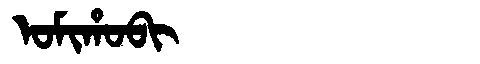
Manchu: ᠣᠮᡳᡥᠣᠪᡳ
Romanization: OMIHOBI